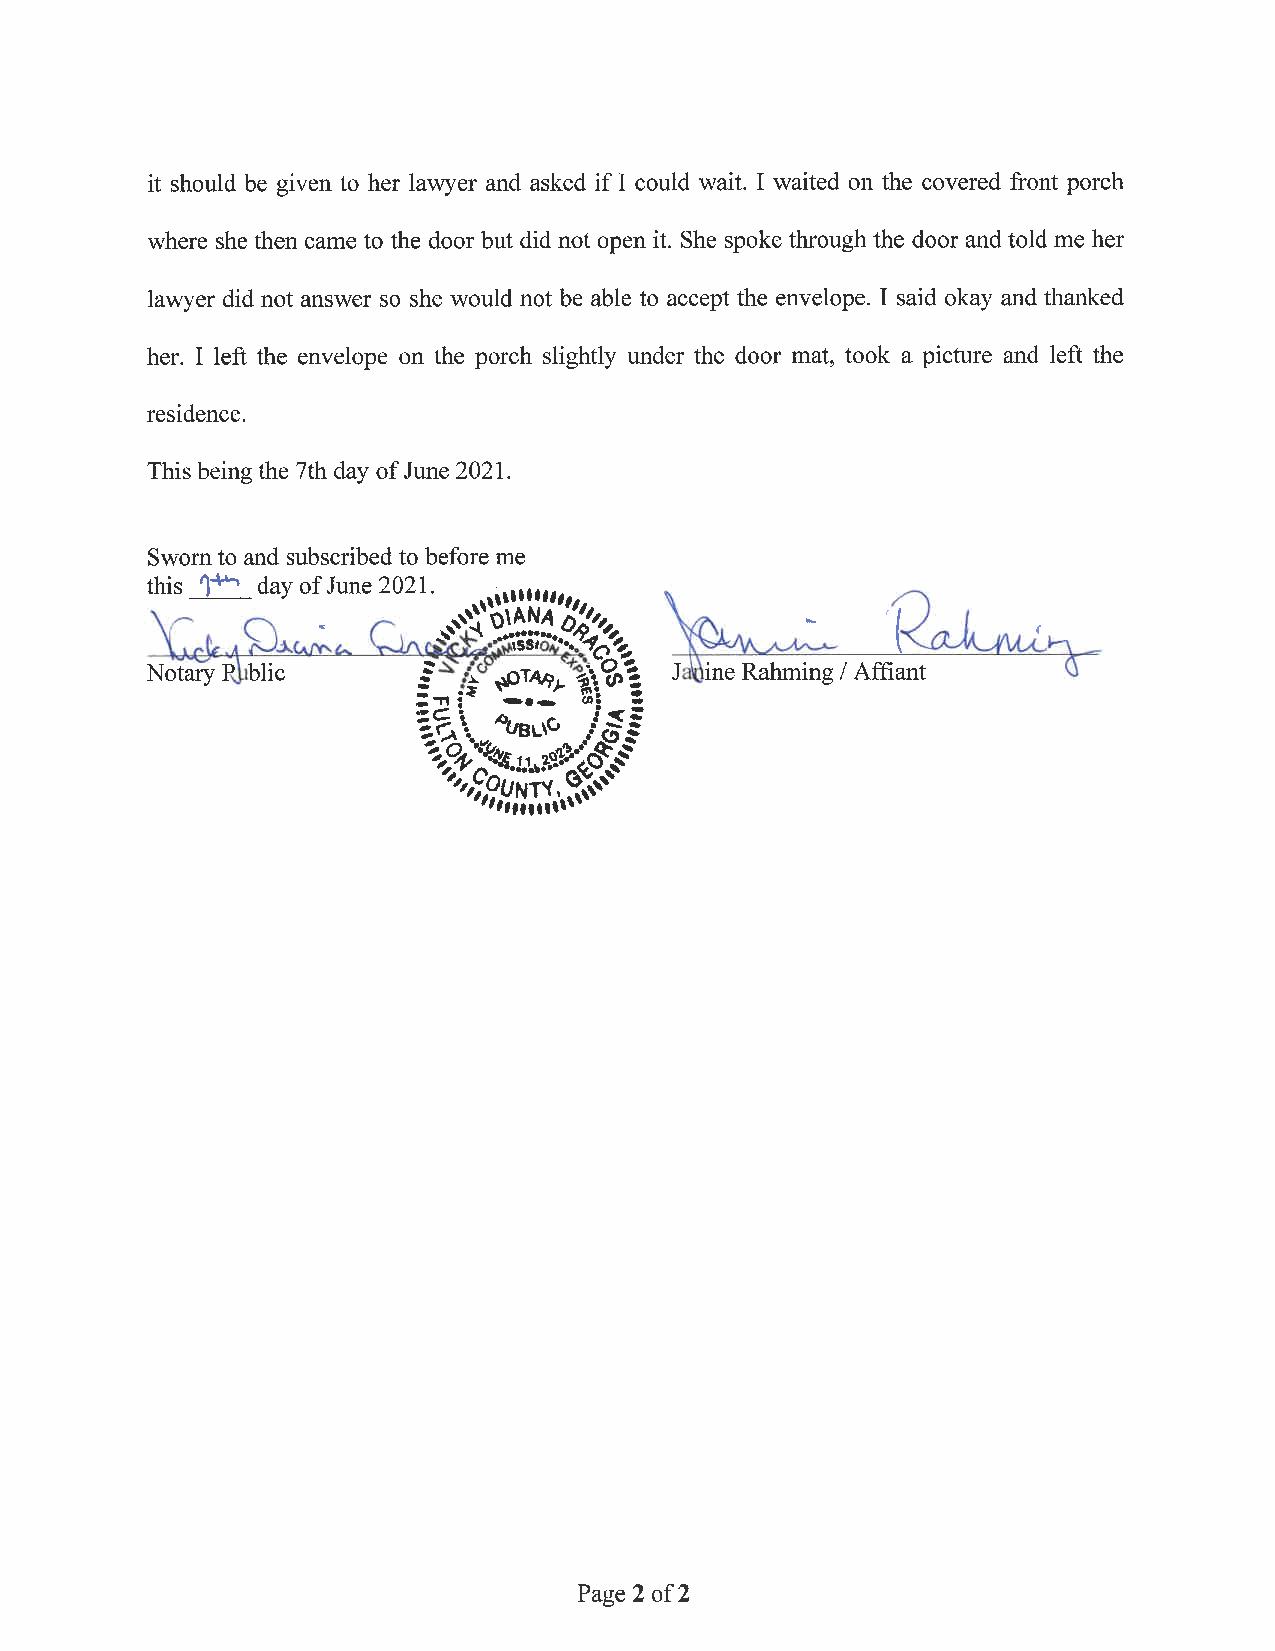
it should be given to her lawyer and asked if I could wait. I waited on the covered front porch
 where she then came to the door but did not open it. She spoke through the door and told me her
 lawyer did not answer so she would not be able to accept the envelope. I said okay and thanked
 her. I left the envelope on the porch slightly under the door mat, took a picture and left the
 residence.
 This being the 7th day ofJune 2021.
 Swornto and subscribed to before me
 thls ’l“’H day ofJune 2021.                      WH:
 ““IMHH’”
 I,“       ‘        \“ * mANA ’I           ..    ’
 S‘-
 -""§§3"‘~.0.:940;??’
 6
 Notarya Pilibhc   “gamma     $05   Jelaine Rahming /Aff1ant
 =5
 ”WHO
 '51
 fl:0
 p ’1r
 C‘0
 .\
 UNTY. \
 "Hanan“
 Page 2 of2